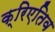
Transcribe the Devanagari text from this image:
क्रिएतिव